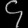
Digit: ၄